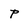
Character: P